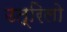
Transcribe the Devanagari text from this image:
उत्रिलो